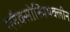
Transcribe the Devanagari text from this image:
ग्लैक्सोस्मिथक्लीन